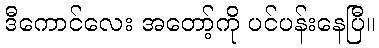
ဒီကောင်လေး အတော့်ကို ပင်ပန်းနေပြီ။